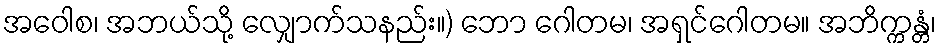
အဝေါစ၊ အဘယ်သို့ လျှောက်သနည်း။) ဘော ဂေါတမ၊ အရှင်ဂေါတမ။ အဘိက္ကန္တံ၊